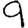
Digit: 9